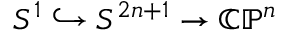
S ^ { 1 } \hookrightarrow S ^ { 2 n + 1 } \to \mathbb { C P } ^ { n }